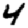
Digit: 4